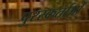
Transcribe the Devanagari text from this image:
पुरस्कर्ताओं